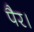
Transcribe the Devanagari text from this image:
पैर।